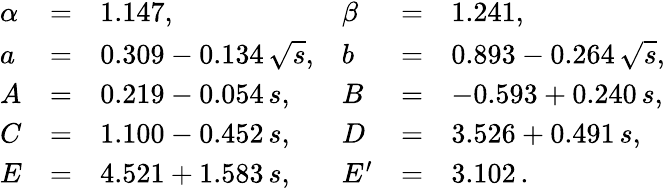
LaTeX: \begin{array}{lcllcl}{{\alpha}}&{{=}}&{{1.147,}}&{{\beta}}&{{=}}&{{1.241,}}\\ {{a}}&{{=}}&{{0.309-0.134\, \sqrt{s},}}&{{b}}&{{=}}&{{0.893-0.264\, \sqrt{s},}}\\ {{A}}&{{=}}&{{0.219-0.054\, s,}}&{{B}}&{{=}}&{{-0.593+0.240\, s,}}\\ {{C}}&{{=}}&{{1.100-0.452\, s,}}&{{D}}&{{=}}&{{3.526+0.491\, s,}}\\ {{E}}&{{=}}&{{4.521+1.583\, s,}}&{{E^{\prime}}}&{{=}}&{{3.102\, .}}\end{array}